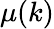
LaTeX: \mu(k)